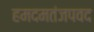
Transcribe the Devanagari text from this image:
हमदमतंजपवद